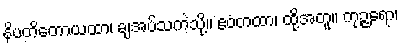
နိပတိတောယထာ၊ ချအပ်သကဲ့သို့။ ဧဝံတထာ၊ ထို့အတူ။ ကုဉ္ဇရော၊